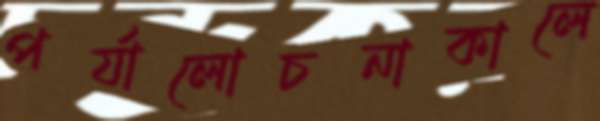
পর্যালোচনাকালে